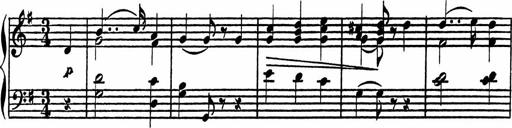
Title: 4 Piano Sonatinas
Composer: Adam Geibel